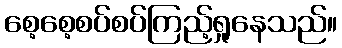
စေ့စေ့စပ်စပ်ကြည့်ရှုနေသည်။